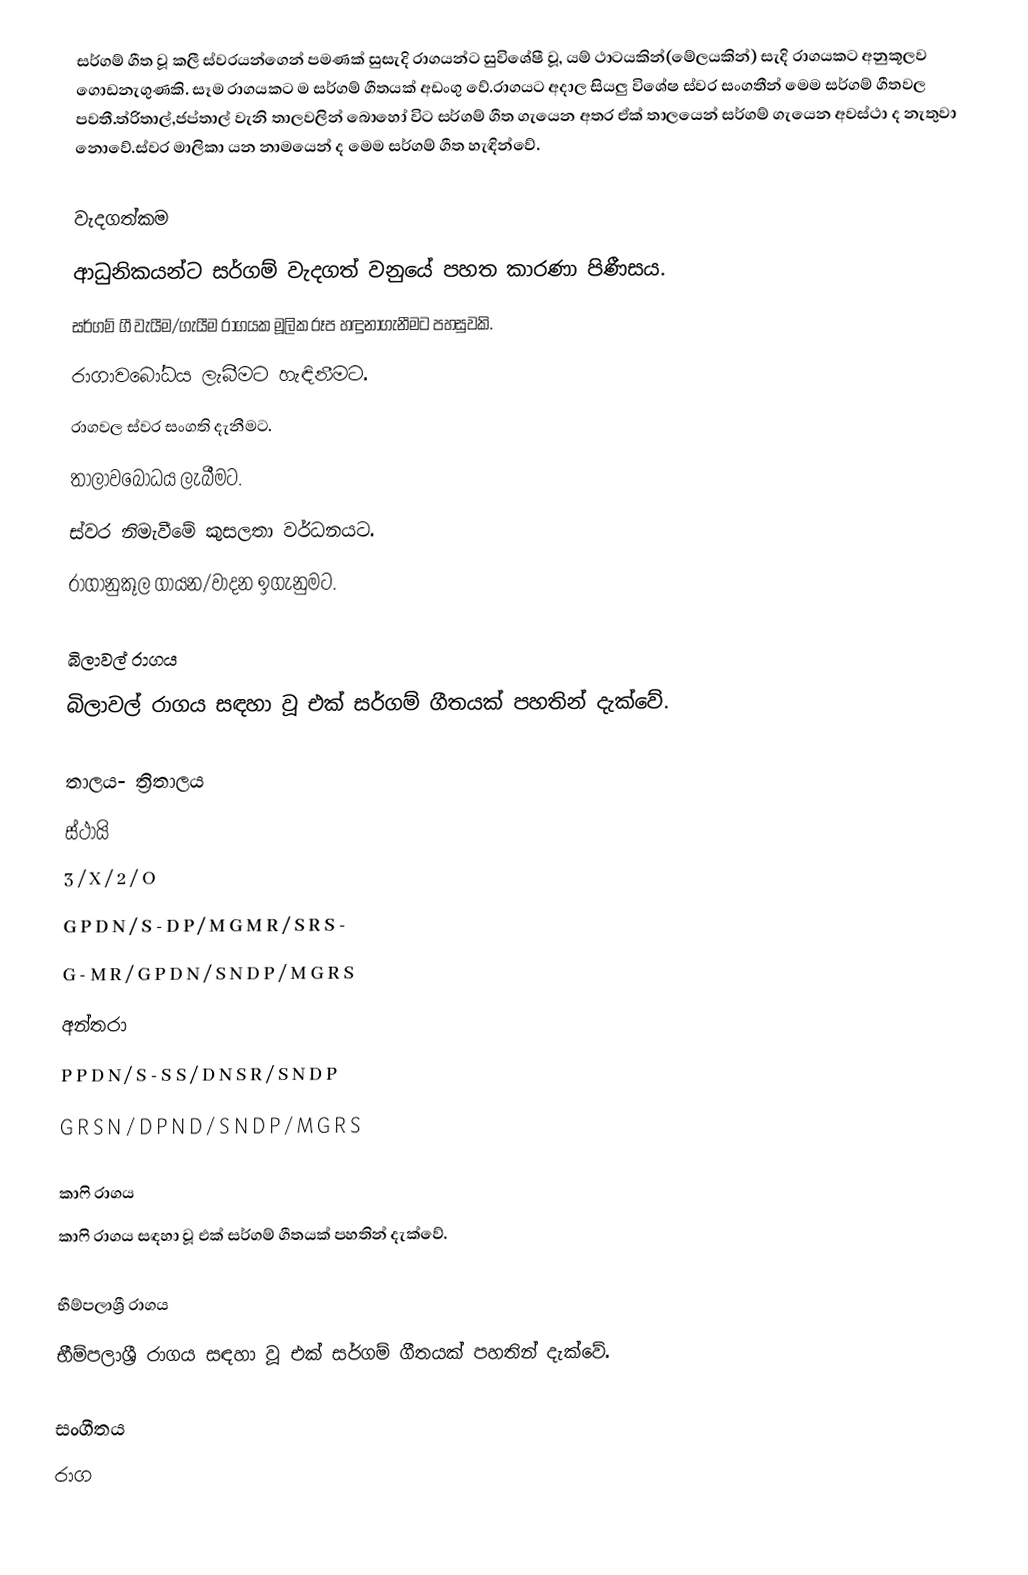
සර්ගම් ගීත වූ කලී ස්වරයන්ගෙන් පමණක් සුසැදි රාගයන්ට සුවිශේෂී වූ, යම් ථාටයකින්(මේලයකින්) සැදි රාගයකට අනුකූලව ගොඩනැගුණකි. සෑම රාගයකට ම  සර්ගම් ගීතයක් අඩංගු වේ.රාගයට අදාල සියලු විශේෂ ස්වර සංගතීන් මෙම සර්ගම් ගීතවල පවතී.ත්රිතාල්,ජප්තාල් වැනි තාලවලින් බොහෝ විට සර්ගම් ගීත ගැයෙන අතර ඒක් තාලයෙන් සර්ගම් ගැයෙන අවස්ථා ද නැතුවා නොවේ.ස්වර මාලිකා යන නාමයෙන් ද මෙම සර්ගම් ගීත හැඳින්වේ.

වැදගත්කම
ආධුනිකයන්ට සර්ගම් වැදගත් වනුයේ පහත කාරණා පිණීසය.
 සර්ගම් ගී වැයීම/ගැයීම රාගයක මූලික රූප හඳුනාගැනීමට පහසුවකි.
 රාගාවබෝධය ලැබීමට හැඳිනීමට.
  රාගවල ස්වර සංගති දැනීමට.
 තාලාවබෝධය ලැබීමට.
 ස්වර නිමැවීමේ කුසලතා වර්ධනයට.
 රාගානුකූල ගායන/වාදන ඉගැනුමට.

බිලාවල් රාගය
බිලාවල් රාගය සඳහා වූ එක් සර්ගම් ගීතයක් පහතින් දැක්වේ.

තාලය- ත්‍රිතාලය
ස්ථායි
3            / X          / 2             / O
G P D N / S - D P / M G M R / S R S -
G - M R / G P D N / S N D P / M G R S
අන්තරා
P P D N / S - S S / D N S R / S N D P
G R S N / D P N D / S N D P / M G R S

කාෆි රාගය
කාෆි රාගය සඳහා වූ එක් සර්ගම් ගීතයක් පහතින් දැක්වේ.

භීම්පලාශ්‍රී රාගය
භීම්පලාශ්‍රී රාගය සඳහා වූ එක් සර්ගම් ගීතයක් පහතින් දැක්වේ.

සංගීතය
රාග